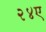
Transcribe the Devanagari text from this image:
२४ए